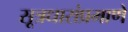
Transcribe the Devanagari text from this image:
सूत्रधारांप्रमाणे